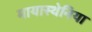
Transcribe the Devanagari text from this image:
मायास्थेनिया